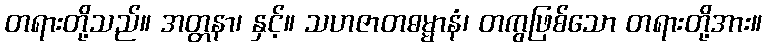
တရားတို့သည်။ အတ္တနာ၊ နှင့်။ သဟဇာတဓမ္မာနံ၊ တကွဖြစ်သော တရားတို့အား။